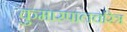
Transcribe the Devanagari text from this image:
कुमारपालचरित्र